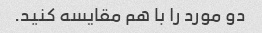
دو مورد را با هم مقایسه کنید.